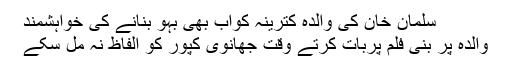
سلمان خان کی والدہ کترینہ کواب بھی بہو بنانے کی خواہشمند
والدہ پر بنی فلم پربات کرتے وقت جھانوی کپور کو الفاظ نہ مل سکے